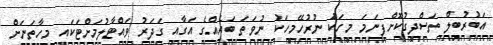
އަބުރުބިލް ތަސްދީގުކޮށްފިނަމަ މީހަކަު ނުރުހޭމީހަކު ނުވަތަ ބައެއްގެ އަގާއި ގަދަރު ވައްޓާލުމަށްޓަކައި މިހާތަނަށް